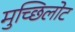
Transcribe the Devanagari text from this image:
मुच्छिलोट